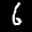
Label: 6